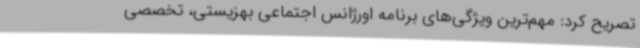
تصریح کرد: مهم‌ترین ویژگی‌های برنامه اورژانس اجتماعی بهزیستی، تخصصی